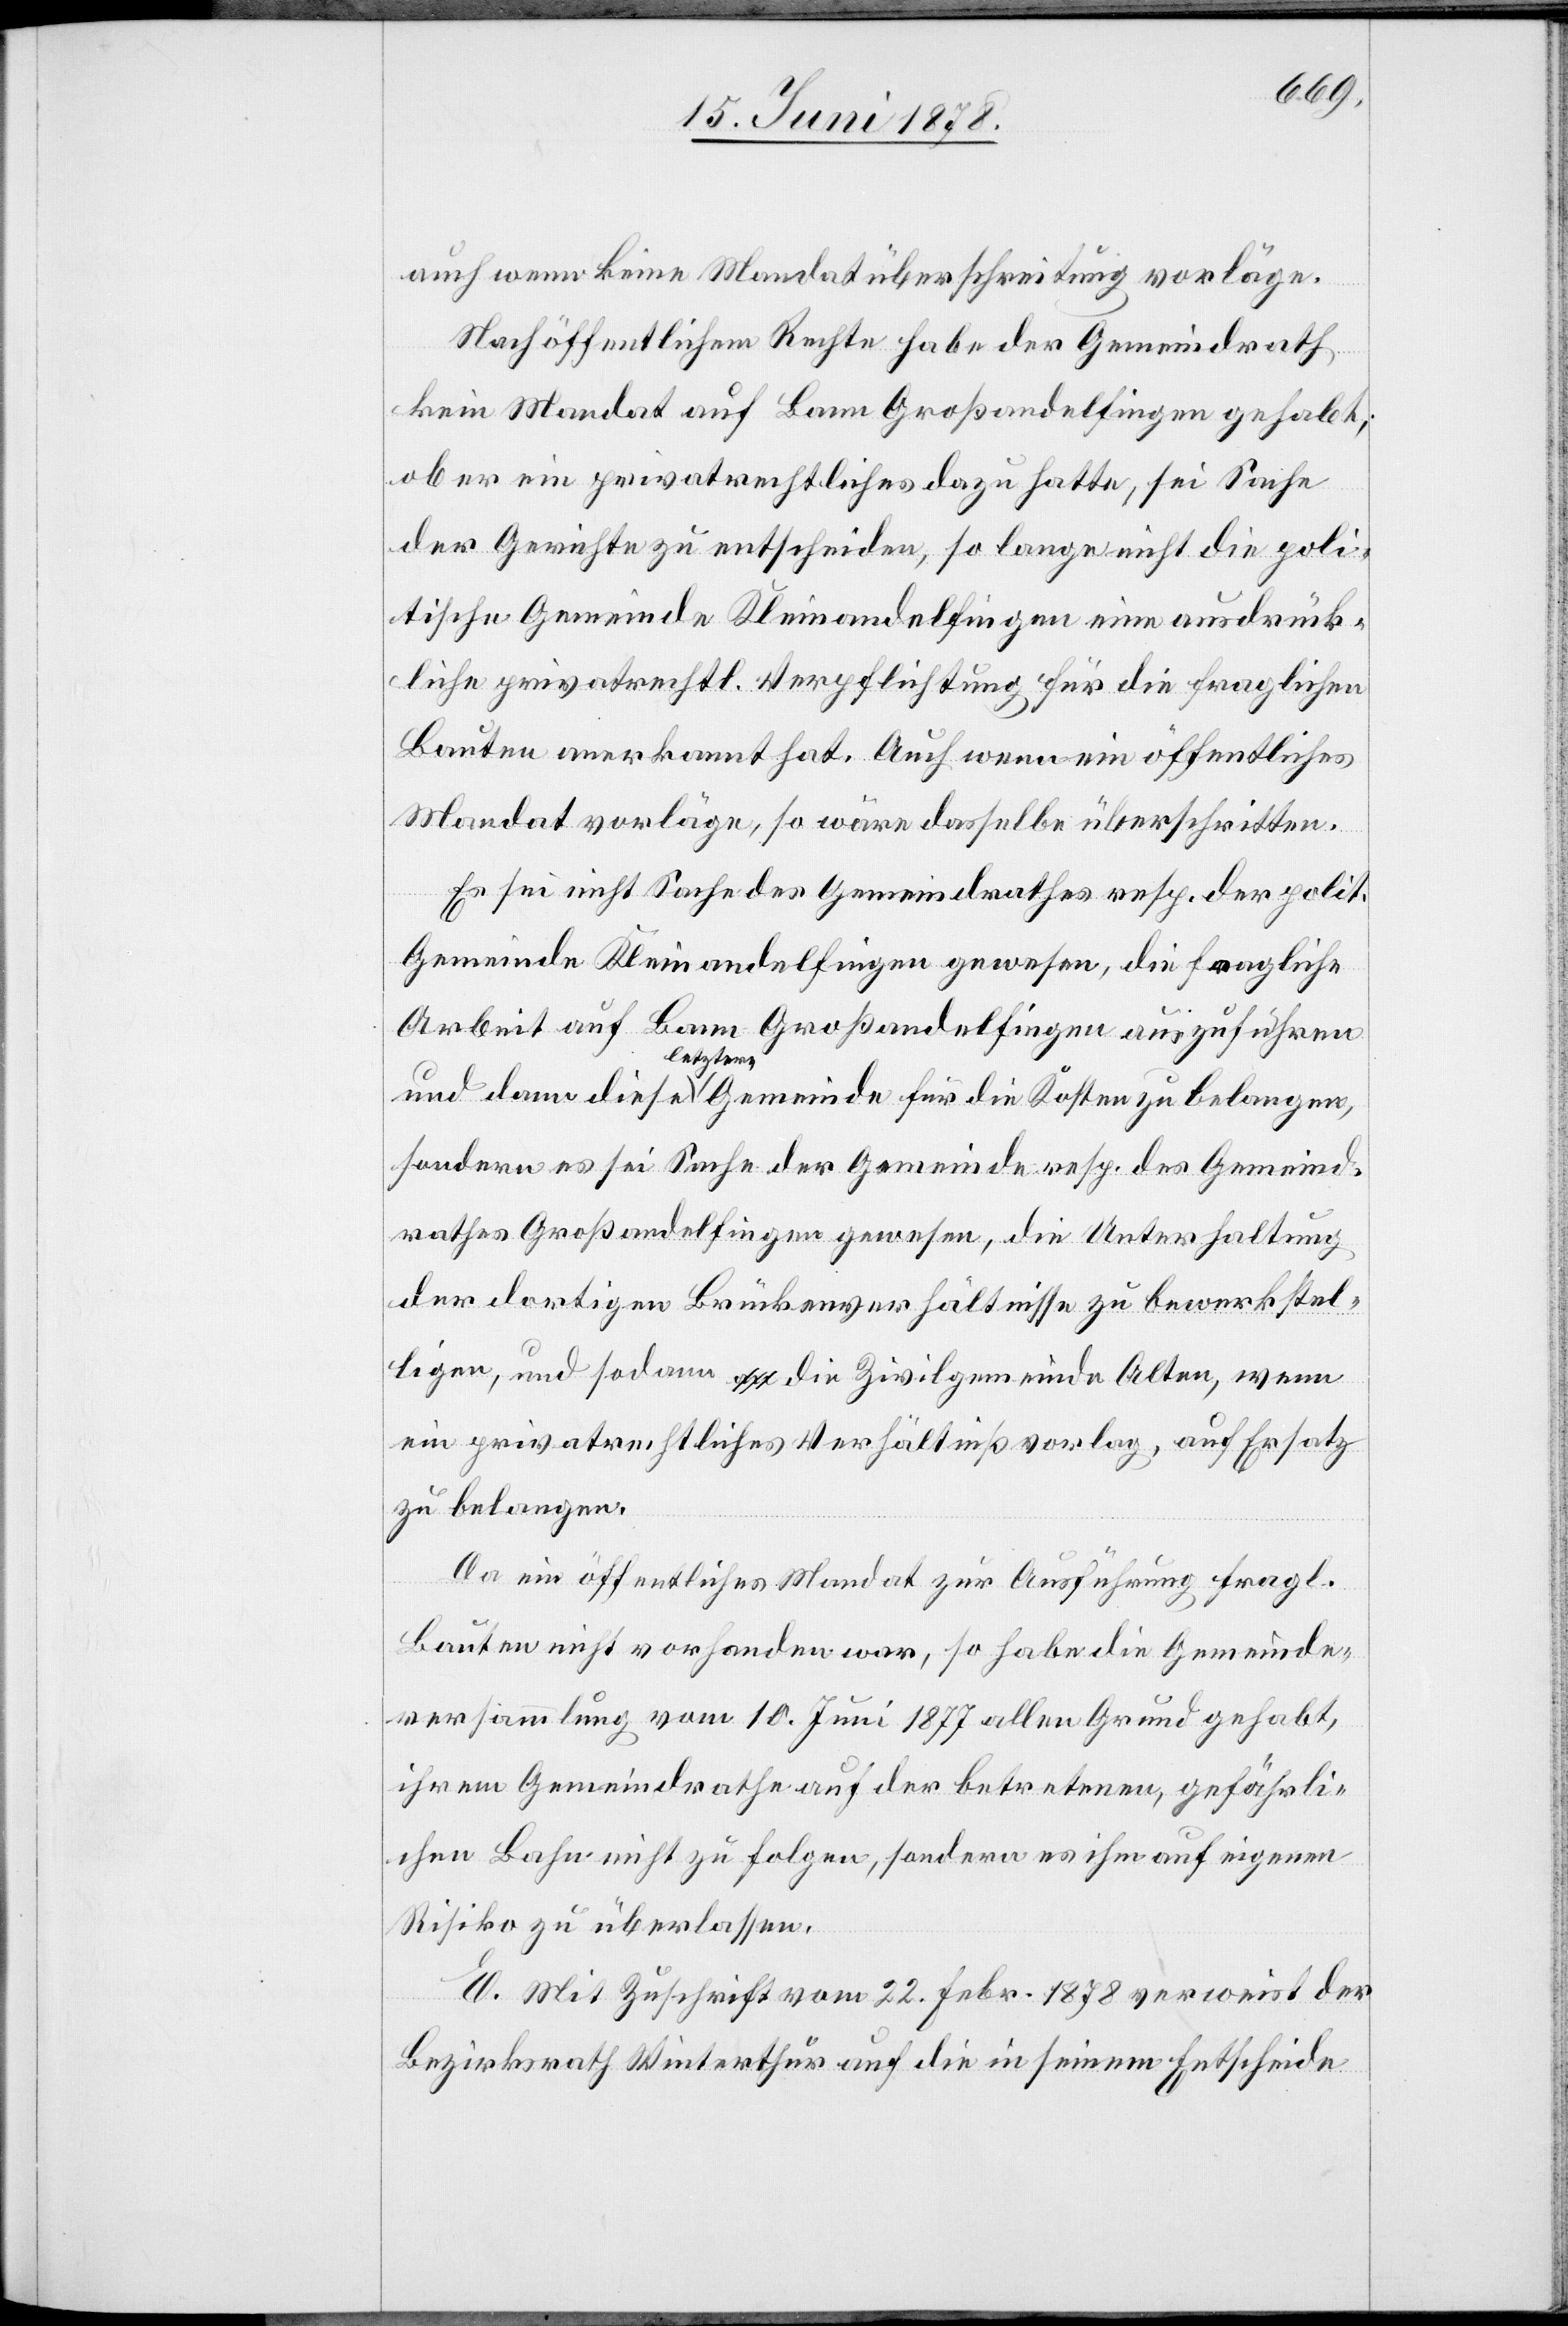
auch wenn keine Mandatüberschreitung vorläge.
Nach öffentlichem Rechte habe der Gemeindrath
kein Mandat auf Bann Großandelfingen gehabt;
ob er ein privatrechtliches dazu hatte, sei Sache
der Gerichte zu entscheiden, so lange nicht die poli¬
tische Gemeinde Kleinandelfingen eine ausdrück¬
liche privatrechtl. Verpflichtung für die fraglichen
Bauten anerkannt hat. Auch wenn ein öffentliches
Mandat vorläge, so wäre dasselbe überschritten.
Es sei nicht Sache des Gemeindrathes resp. der polit.
Gemeinde Kleinandelfingen gewesen, die fragliche
Arbeit auf Bann Großandelfingen auszuführen
letztere
sondern es sei Sache der Gemeinde resp. des Gemeind¬
rathes Großandelfingen gewesen, die Unterhaltung
der dortigen Brückenverhältnisse zu bewerkstel¬
ligen, und sodann die Zivilgemeinde Alten, wenn
ein privatrechtliches Verhältniß vorlag, auf Ersatz
zu belangen.
Da ein öffentliches Mandat zur Ausführung fragl.
Bauten nicht vorhanden war, so habe die Gemeinde¬
versammlung vom 10. Juni 1877 allen Grund gehabt,
ihrem Gemeindrathe auf der betretenen, gefährli¬
chen Bahn nicht zu folgen, sondern es ihm auf eigenen
Risiko zu überlassen.
E. Mit Zuschrift vom 22. Febr. 1878 verweist der
Bezirksrath Winterthur auf die in seinem Entscheide